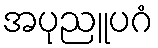
အပုညူပဂံ